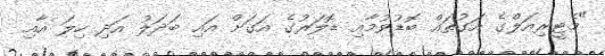
"މެޓީރިއަލްގެ އަގުތައް ބޮޑުވުމާއި ޑޮލަރުގެ އަގަށް އައި ބަދަލު އަދި ހިލަ އާއި